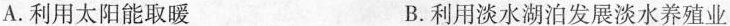
A.利用太阳能取暖 B.利用淡水湖泊发展淡水养殖业